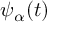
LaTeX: \psi _ { \alpha } ( t )